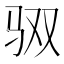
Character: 𮹃